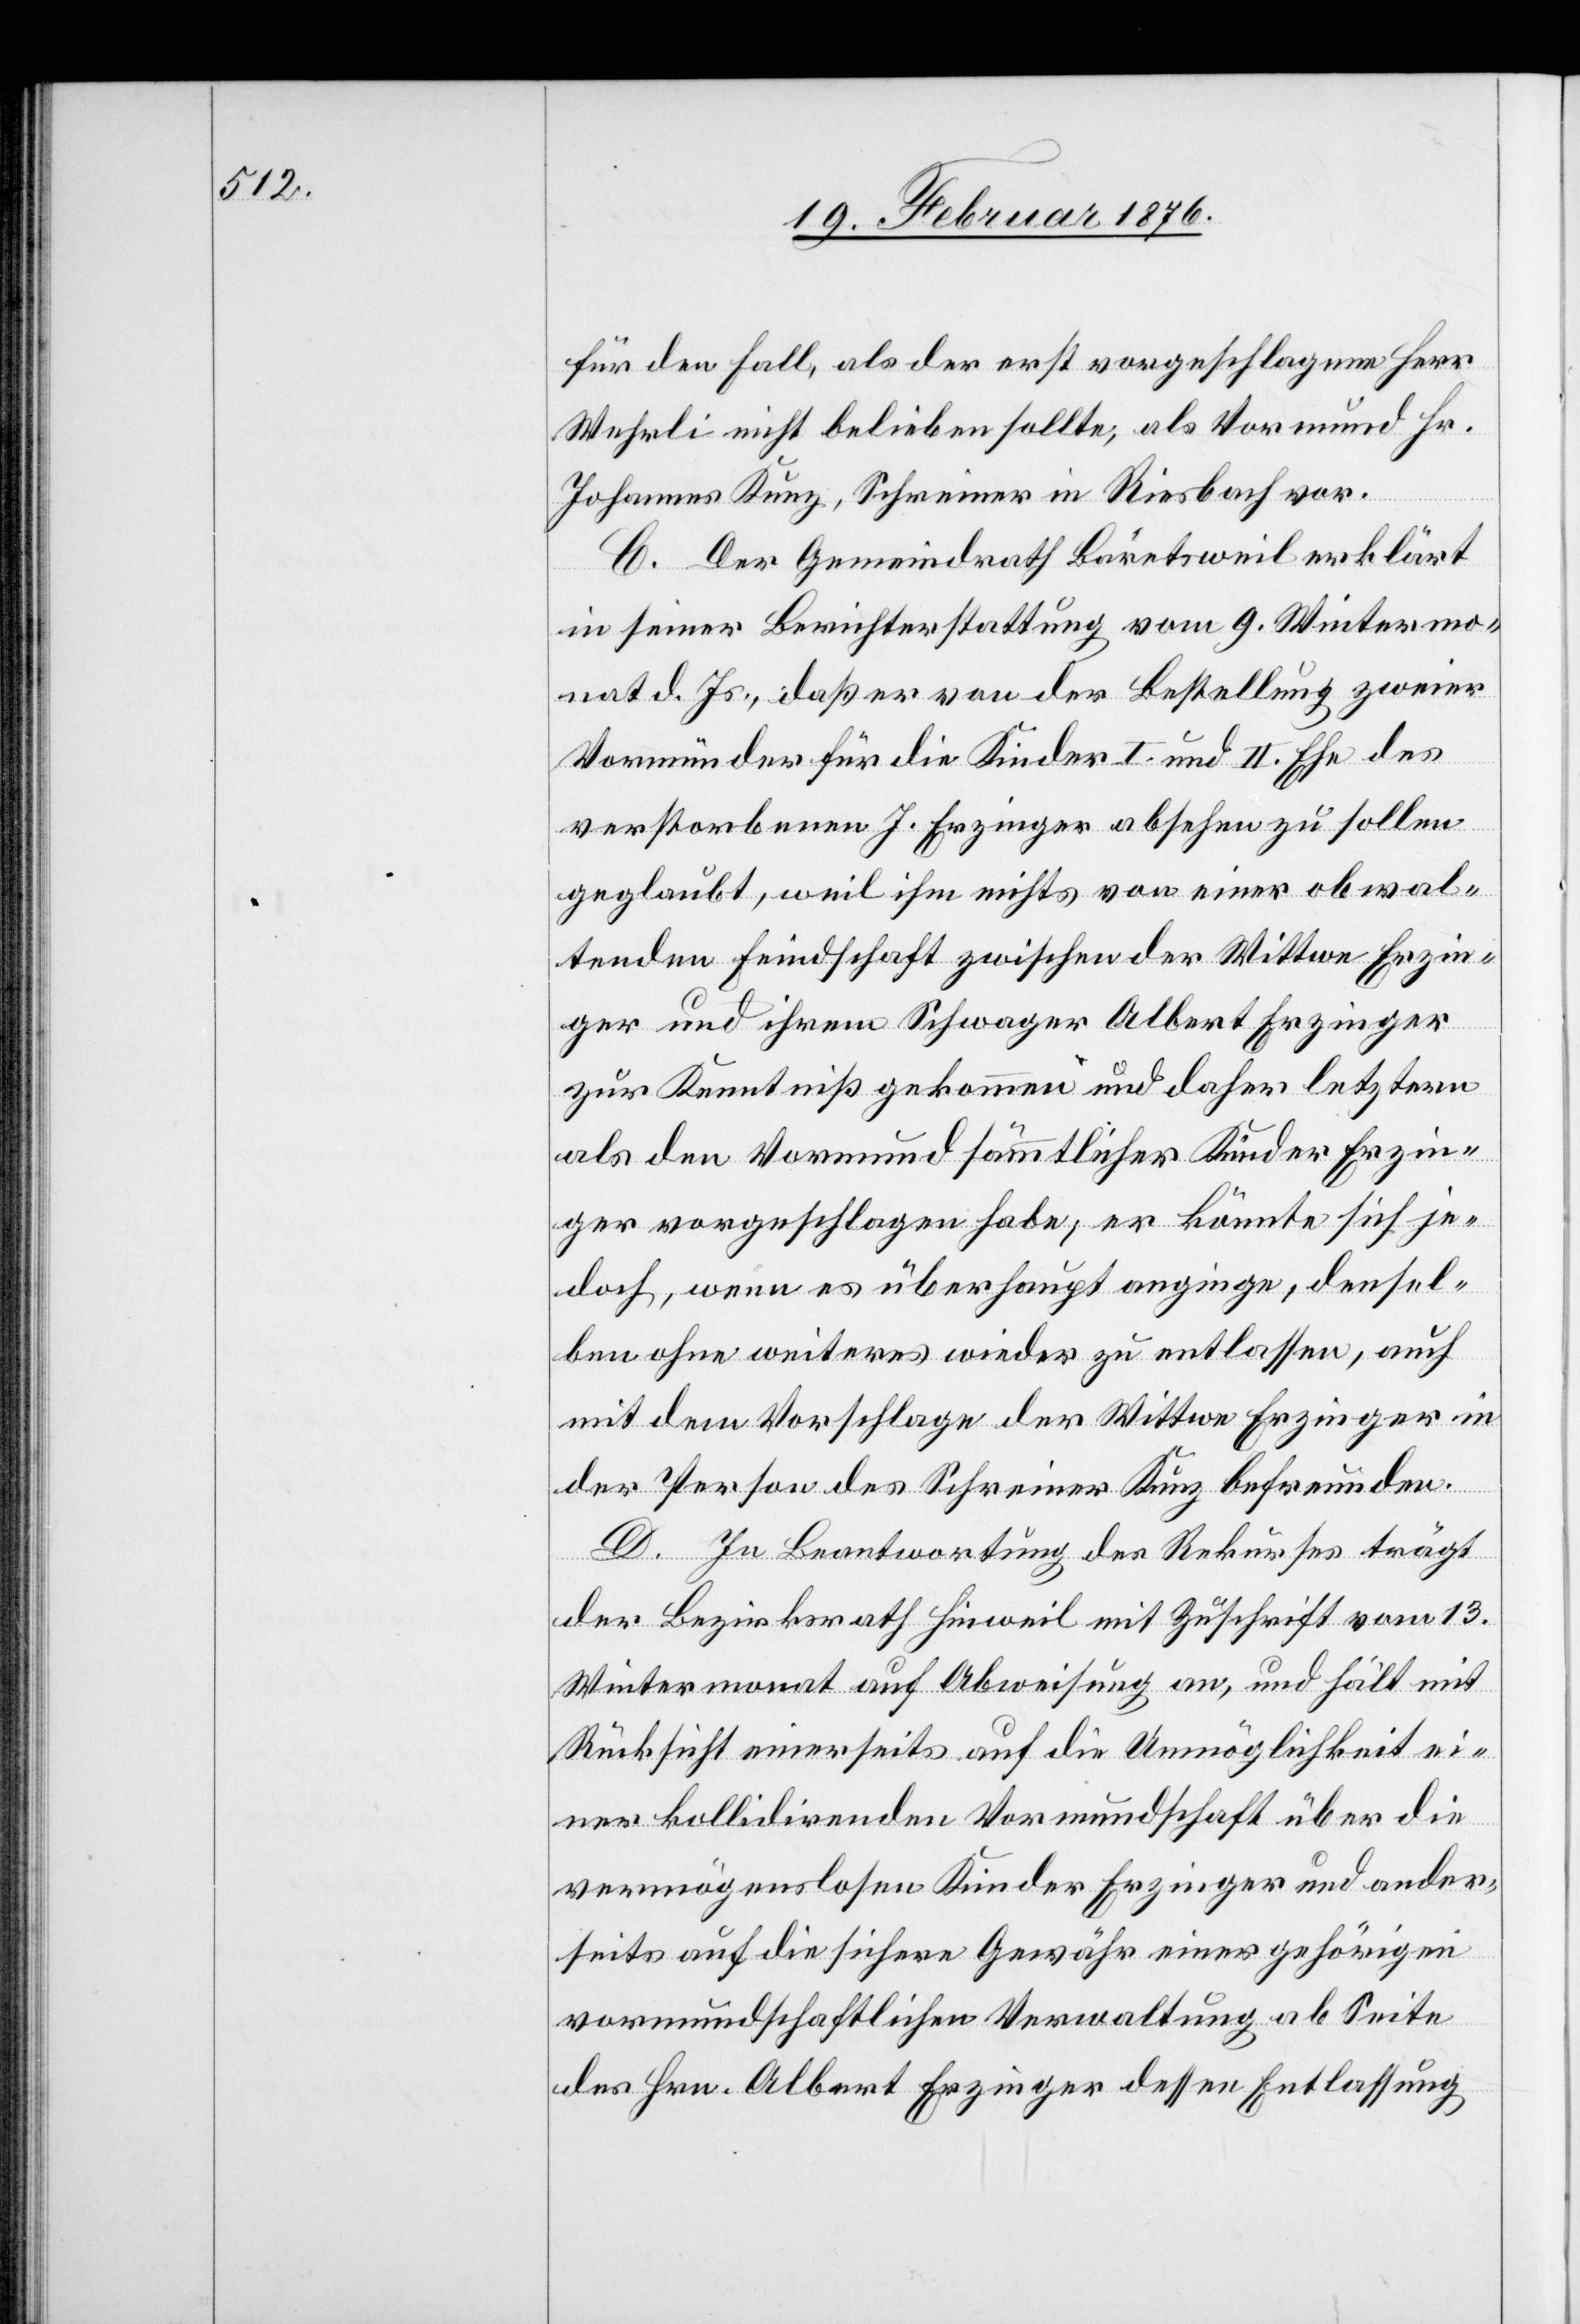
für den Fall, als der erst vorgeschlagene Herr
Wehrli nicht bleiben sollte, als Vormund Hr.
Johann Kunz, Schreiner in Riesbach vor.
C. Der Gemeindrath Bäretsweil erklärt
in seiner Berichterstattung vom 9. Wintermo¬
nat d. Js., daß er von der Bestellung zweier
Vormünder für die Kinder I. und II. Ehe des
verstorbenen J. Erzinger absehen zu sollen
geglaubt, weil ihm nichts von einer obwal¬
tenden Feindschaft zwischen der Wittwe Erzin¬
ger und ihrem Schwager Albert Erzinger
zur Kenntnis gekommen und daher letztern
als den Vormund sämmtlicher Kinder Erzin¬
ger vorgeschlagen habe; er könnte sich je¬
doch, wenn es überhaupt anginge, densel¬
ben ohne weiteres wieder zu entlassen, auch
mit dem Vorschlage der Wittwe Erzinger in
der Person des Schreiner Kunz befreunden.
D. In Beantwortung des Rekurses trägt
der Bezirksrath Hinweil mit Zuschrift vom 13.
Wintermonat auf Abweisung an, und hält mit
Rücksicht einerseits auf die Unmöglichkeit ei¬
ner kollidirenden Vormundschaft über die
vermögenslosen Kinder Erzinger und ander¬
seits auf die sichere Gewähr einer gehörigen
vormundschaftlichen Verwaltung ab Seite
des Hrn. Albert Erzinger dessen Entlassung